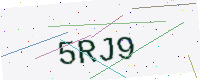
Text: 5RJ9